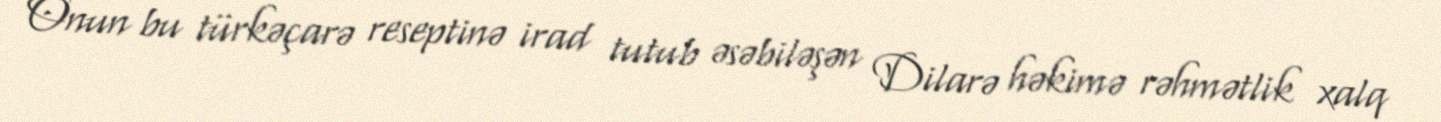
Onun bu türkəçarə reseptinə irad tutub əsəbiləşən Dilarə həkimə rəhmətlik xalq